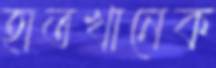
হাতখানেক